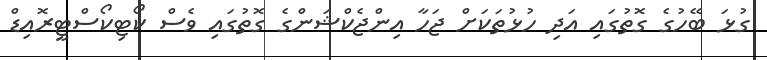
ގުޅަ ބޭހުގެ ގޮތުގައި އަދި ހުޅުތަކަށް ޖަހާ އިންޖެކްޝަންގެ ގޮތުގައި ވެސް ކޯޓިކޯސްޓީރޮއިޑް